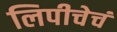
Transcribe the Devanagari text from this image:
लिपीचेचं